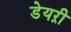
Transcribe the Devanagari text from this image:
डेयऱी